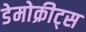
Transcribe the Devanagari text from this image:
डेमोक्रीट्स